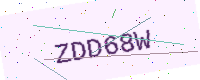
Text: ZDD68W